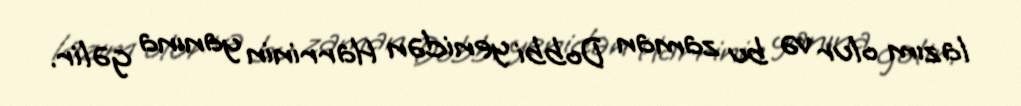
lazım olur və bu zaman Dobbi yenidən Harrinin yanına gəlir.